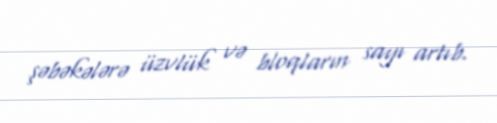
şəbəkələrə üzvlük və bloqların sayı artıb.